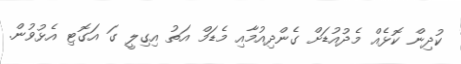
ކުދިން ކޮޅެއް މެދުއުޑަށް ގެންދިއުމާއި މެޑަމް އަތު އިގިލީ ގަ އަގޮޓި އެޅުވުން.